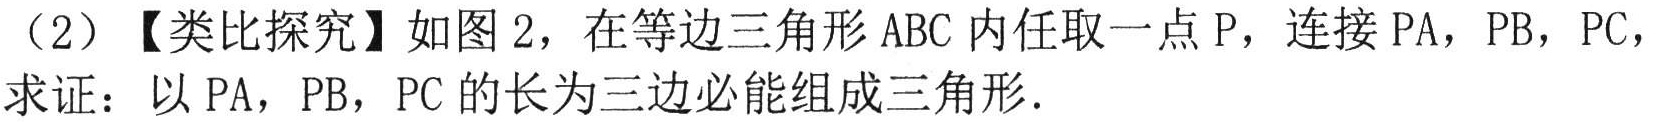
（2）【类比探究】如图2，在等边三角形\(ABC\)内任取一点\(P\)，连接\(PA\)，\(PB\)，\(PC\)，
求证：以\(PA\)，\(PB\)，\(PC\)的长为三边必能组成三角形．